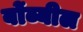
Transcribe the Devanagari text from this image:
बोंब्यील